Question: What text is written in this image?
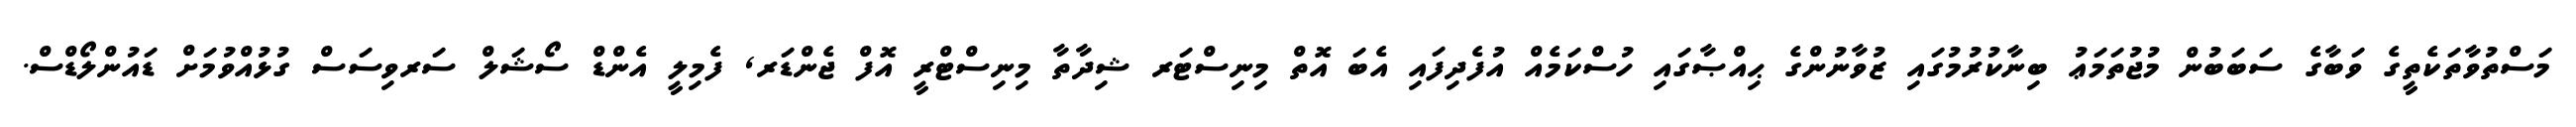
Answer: މަސްތުވާތަކެތީގެ ވަބާގެ ސަބަބުން މުޖުތަމަޢު ބިނާކުރުމުގައި ޒުވާނުންގެ ޙިއްޞާގައި ހުސްކަމެއް އުފެދިފައި އެބަ އޮތް މިނިސްޓަރ ޝިދާތާ މިނިސްޓްރީ އޮފް ޖެންޑަރ, ފެމިލީ އެންޑް ސޯޝަލް ސަރވިސަސް ގުޅުއްވުމަށް ޑައުންލޯޑްސް.